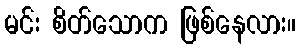
မင်း စိတ်သောက ဖြစ်နေလား။